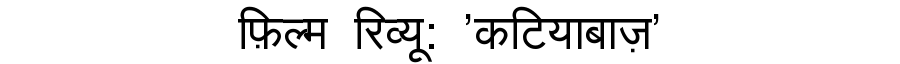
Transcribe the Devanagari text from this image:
फ़िल्म रिव्यू: 'कटियाबाज़'